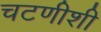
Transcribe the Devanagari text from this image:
चटणीशी